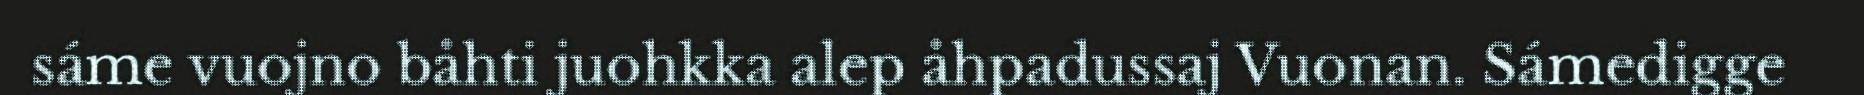
sáme vuojno båhti juohkka alep åhpadussaj Vuonan. Sámedigge